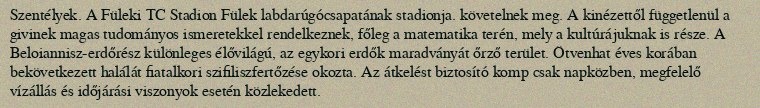
Szentélyek. A Füleki TC Stadion Fülek labdarúgócsapatának stadionja. követelnek meg. A kinézettől függetlenül a givinek magas tudományos ismeretekkel rendelkeznek, főleg a matematika terén, mely a kultúrájuknak is része. A Beloiannisz-erdőrész különleges élővilágú, az egykori erdők maradványát őrző terület. Ötvenhat éves korában bekövetkezett halálát fiatalkori szifiliszfertőzése okozta. Az átkelést biztosító komp csak napközben, megfelelő vízállás és időjárási viszonyok esetén közlekedett.